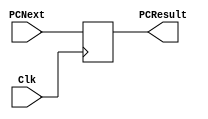

module ProgramCounter(PCNext, PCResult, Clk);

	input       [31:0]  PCNext;
	input               Clk;

	output reg  [31:0]  PCResult;

   

	initial begin
	
		PCResult <= 32'h00000000;
	end

    always @(posedge Clk)
    begin
 
PCResult <= PCNext;

//$display("PC=%h",PCResult);
    end

endmodule